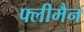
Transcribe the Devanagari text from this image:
फ्लीमैन